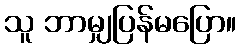
သူ ဘာမျှပြန်မပြော။